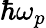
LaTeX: \hbar\omega_{p}